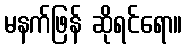
မနက်ဖြန် ဆိုရင်ရော။